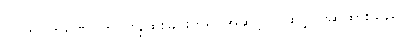
၇။ ကပ္ပကရဏ=ကပ္ပဗိန္ဒုထိုးခြင်းဟူ၍ အဆင့်(၇)ဆင့် ပြဆိုထားသည်။